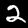
Digit: 2